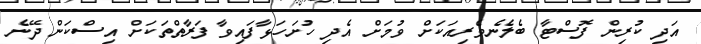
އަދި ކުރިން ފޮސްޓާ ބެލެނެވެރިއަކަށް ވުމަށް އެދި ހުށަހަޅާފައިވާ ފަރާތްތަކަށް އިސްކަން ދޭނެ